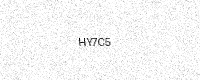
Text: HY7C5